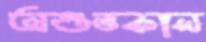
অশুভকাল